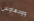
وودهاوس